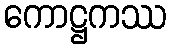
ကောဋ္ဌကဿ